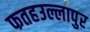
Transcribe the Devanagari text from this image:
फतहउल्लापुर